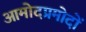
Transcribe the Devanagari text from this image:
आमोदप्रमोदों